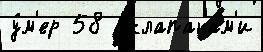
у́м'ер 58  клапанам'и